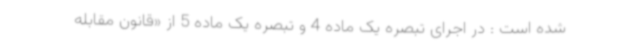
شده است : در اجرای تبصره یک ماده 4 و تبصره یک ماده 5 از «قانون مقابله